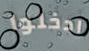
ادخلوا